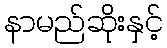
နာမည်ဆိုးနှင့်